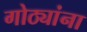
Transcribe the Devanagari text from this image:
गोठ्यांना